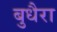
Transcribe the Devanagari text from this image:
बुधैरा